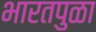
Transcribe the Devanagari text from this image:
भारतपुळा